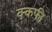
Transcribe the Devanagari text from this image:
क्कफी